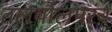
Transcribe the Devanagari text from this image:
तलयोलपर्ंब